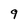
Character: 9